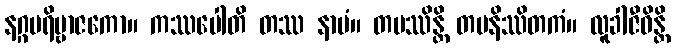
နဂ္ဂပရိဗ္ဗာဇကော။ ကဿပေါတိ တဿ နာမံ။ တပဿိန္တိ တပနိဿိတကံ။ လူခါဇီဝိန္တိ